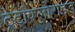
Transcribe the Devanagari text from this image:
ट्रेटाक्लोराइड